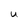
Character: u